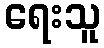
ရေးသူ